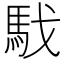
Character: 𩢅